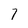
Character: 7